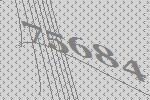
75684